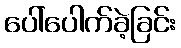
ပေါ်ပေါက်ခဲ့ခြင်း